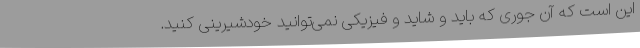
این است که آن‌ جوری که باید و شاید و فیزیکی نمی‌توانید خودشیرینی کنید.